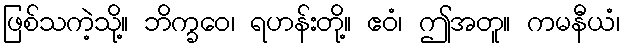
ဖြစ်သကဲ့သို့။ ဘိက္ခဝေ၊ ရဟန်းတို့။ ဧဝံ၊ ဤအတူ။ ကမနီယံ၊